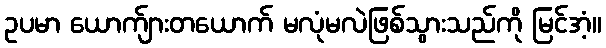
ဥပမာ ယောက်ျားတယောက် မလုံမလဲဖြစ်သွားသည်ကို မြင်အံ့။